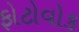
ફોટોવોક